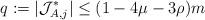
LaTeX: \begin{align*}q:=|\mathcal{J}^*_{A,j}|\le (1-4\mu-3\rho)m\end{align*}